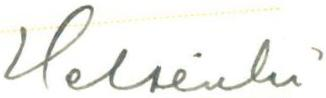
Helsinki